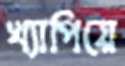
খ্যাপিয়ে